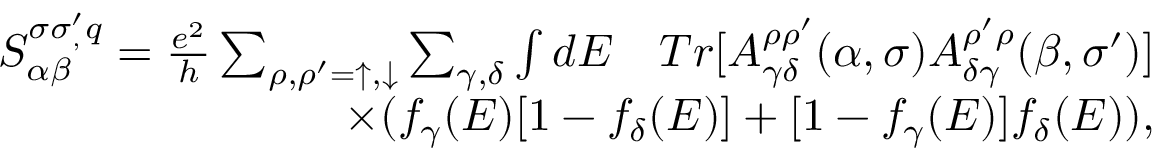
\begin{array} { r } { S _ { \alpha \beta } ^ { \sigma \sigma _ { , } ^ { \prime } q } = \frac { e ^ { 2 } } { h } \sum _ { \rho , \rho ^ { \prime } = \uparrow , \downarrow } \sum _ { \gamma , \delta } \int d E \quad T r [ A _ { \gamma \delta } ^ { \rho \rho ^ { \prime } } ( \alpha , \sigma ) A _ { \delta \gamma } ^ { \rho ^ { \prime } \rho } ( \beta , \sigma ^ { \prime } ) ] } \\ { \times ( f _ { \gamma } ( E ) [ 1 - f _ { \delta } ( E ) ] + [ 1 - f _ { \gamma } ( E ) ] f _ { \delta } ( E ) ) , } \end{array}